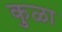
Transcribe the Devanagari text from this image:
कुळा